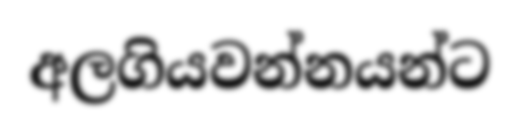
අලගියවන්නයන්ට